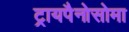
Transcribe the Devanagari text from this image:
ट्रायपैनोसोमा